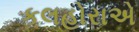
કલહોરાએ